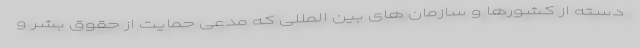
دسته از کشورها و سازمان های بین المللی که مدعی حمایت از حقوق بشر و